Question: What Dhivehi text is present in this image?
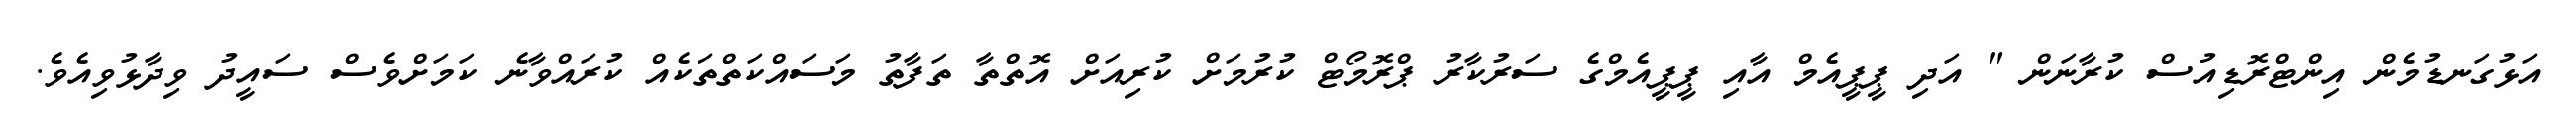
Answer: އަޅުގަނޑުމެން އިންޓްރޮޑިއުސް ކުރާނަން " އަދި ޕީޕީއެމް އާއި ޕީޕީއެމްގެ ސަރުކާރު ޕްރޮމޯޓް ކުރުމަށް ކުރިއަށް އޮތްތާ ތަފާތު މަސައްކަތްތަކެއް ކުރައްވާނެ ކަމަށްވެސް ސައީދު ވިދާޅުވިއެވެ.